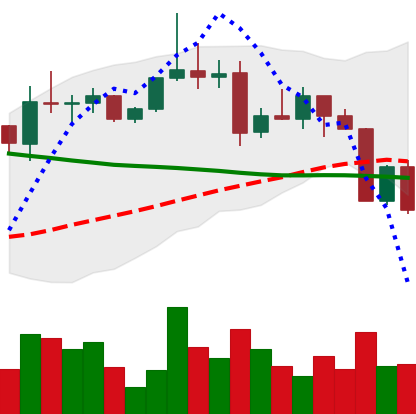
Ticker: XRP-USD
Chart end date: 2022-04-08
Forward return: -4.006%
Label: down_3_5